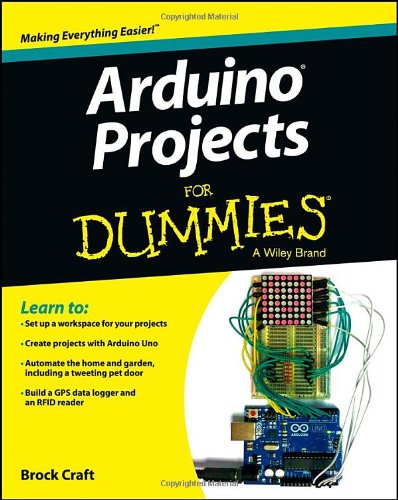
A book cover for Arduino Projects For Dummies; Brock Craft; Computers & Technology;